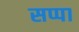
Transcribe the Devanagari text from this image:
सप्पा